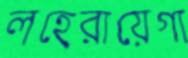
লহেরায়েগা